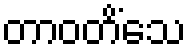
တာဝတိံသေ